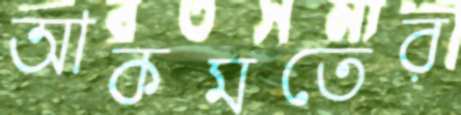
আকমতের